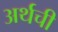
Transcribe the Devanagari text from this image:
अर्थची